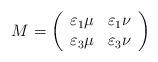
\begin{align*}M=\left( \begin{array}{cc}\varepsilon_1\mu& \varepsilon_1\nu \\\varepsilon_3\mu&\varepsilon_{3}\nu \end{array}\right) \end{align*}